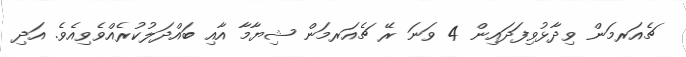
ޗެއަރމަން ވިދާޅުވިފަދައިން 4 ވަނަ ރޭ ޗެއަރމަން ޝިޔާމާ އާއި ބައްދަލުކުރެއްވެވިއެވެ. އަދި